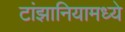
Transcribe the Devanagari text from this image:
टांझानियामध्ये